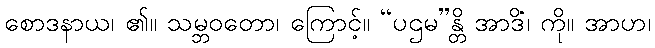
စောဒနာယ၊ ၏။ သမ္ဘဝတော၊ ကြောင့်။ “ပဌမ”န္တိ အာဒိံ၊ ကို။ အာဟ၊